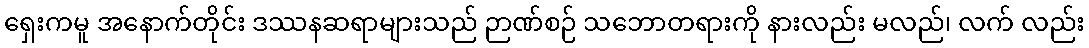
ရှေးကမူ အနောက်တိုင်း ဒဿနဆရာများသည် ဉာဏ်စဉ် သဘောတရားကို နားလည်း မလည်၊ လက် လည်း